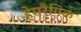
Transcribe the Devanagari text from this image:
हेमरैगिक